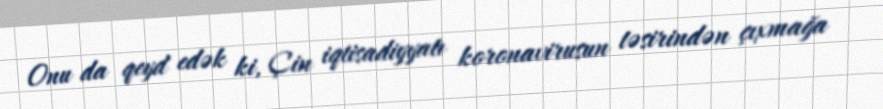
Onu da qeyd edək ki, Çin iqtisadiyyatı koronavirusun təsirindən çıxmağa